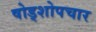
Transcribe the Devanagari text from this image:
षोड्शोपचार